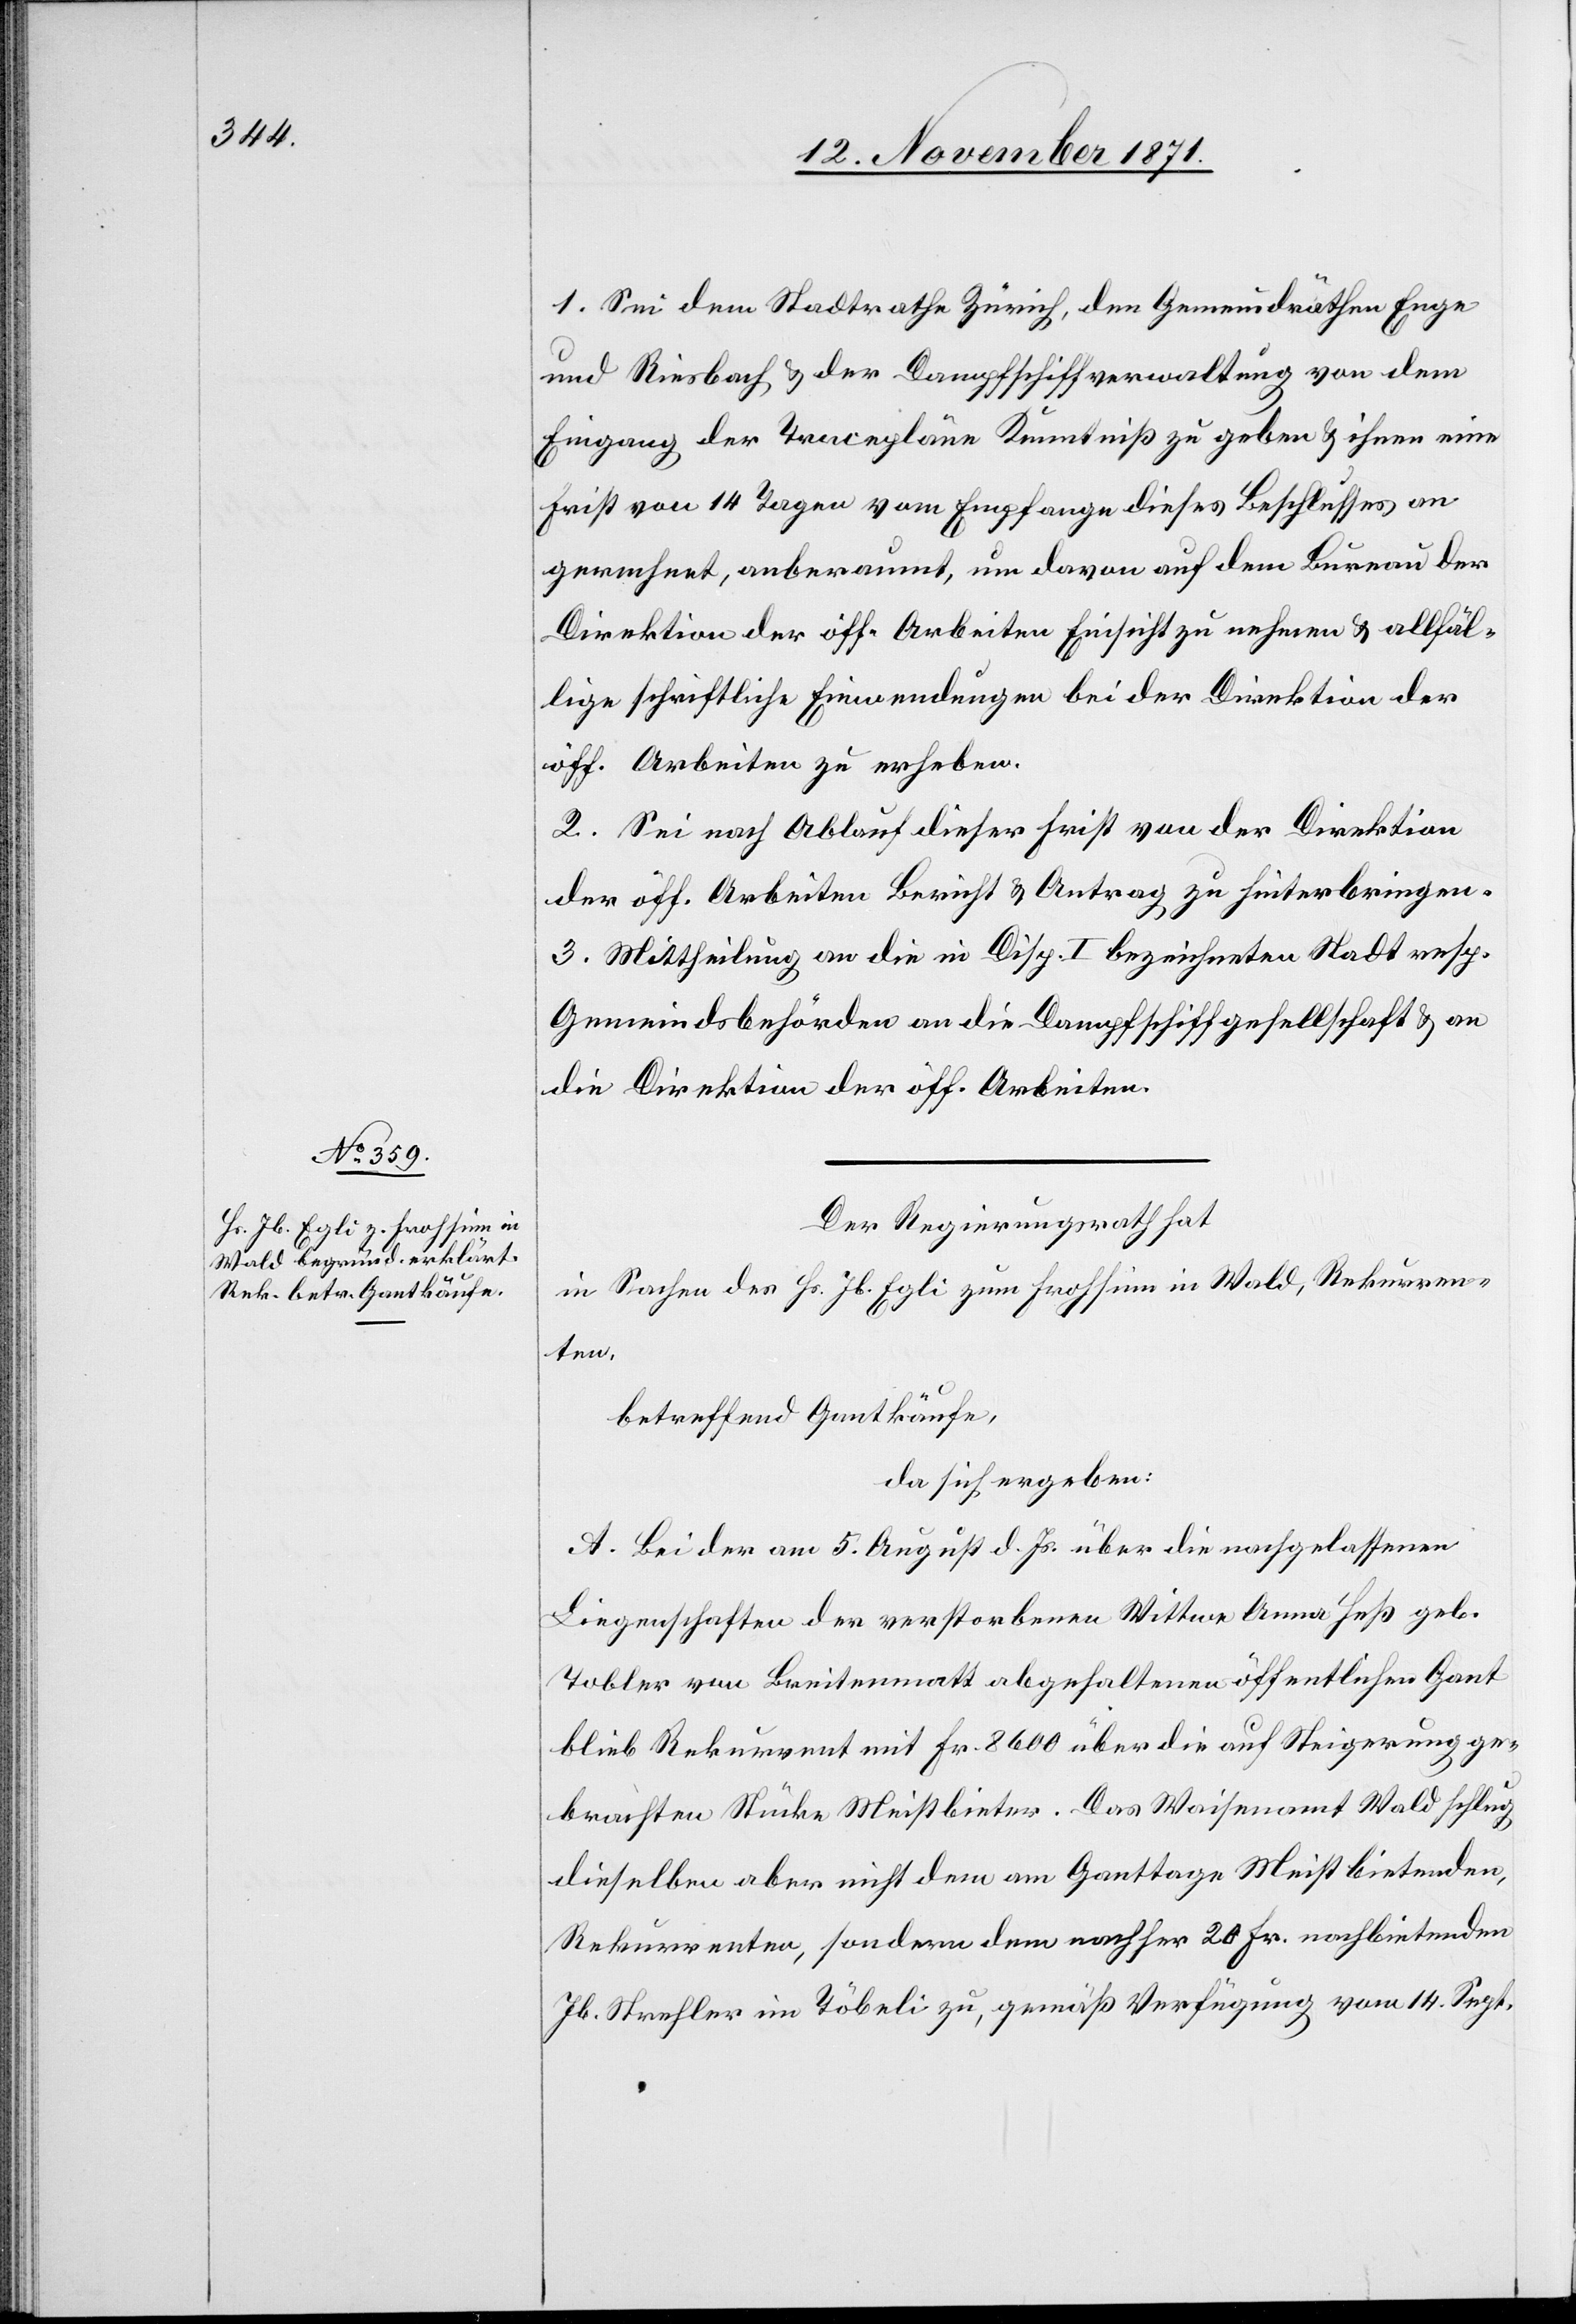
1. Sei dem Stadtrathe Zürich, den Gemeindräthen Enge
und Riesbach & der Dampfschiffverwaltung von dem
Eingang der Tracepläne Kenntniß zu geben & ihnen eine
Frist von 14 Tagen vom Empfange dieses Beschlusses an
gerechnet, anberaumt, um davon auf dem Bureau der
Direktion der öff. Arbeiten Einsicht zu nehmen & allfäl¬
lige schriftliche Einwendungen bei der Direktion der
öff. Arbeiten zu erheben.
2. Sei nach Ablauf dieser Frist von der Direktion
der öff. Arbeiten Bericht & Antrag zu hinterbringen.
3. Mittheilung an die in Disp. I bezeichneten Stadt[-] resp.
Gemeindebehörden[,] an die Dampfschiffgesellschaft & an
die Direktion der öff. Arbeiten.
Der Regierungsrath hat
in Sachen des Hr. Jb. Egli zum Frohsinn in Wald, Rekurren¬
ten,
betreffend Gantkäufe,
da sich ergeben:
A. Bei der am 5. August d. Js. über die nachgelassenen
Liegenschaften der verstorbenen Wittwe Anna Heß geb.
Tobler von Breitenmatt abgehaltenen öffentlichen Gant
blieb Rekurrent mit Fr. 8600 über die auf Steigerung ge¬
brachten Stücke Meistbieter. Das Waisenamt Wald schlug
dieselben aber nicht dem am Ganttage Meistbietenden,
Rekurrenten, sondern dem nachher 20 Fr. nachbietenden
Jb. Strefler im Töbeli zu, gemäß Verfügung vom 14. Sept.